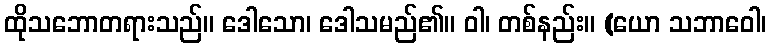
ထိုသဘောတရားသည်။ ဒေါသော၊ ဒေါသမည်၏။ ဝါ၊ တစ်နည်း။ (ယော သဘာဝေါ၊